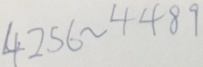
4 2 5 6 \sim 4 4 8 9